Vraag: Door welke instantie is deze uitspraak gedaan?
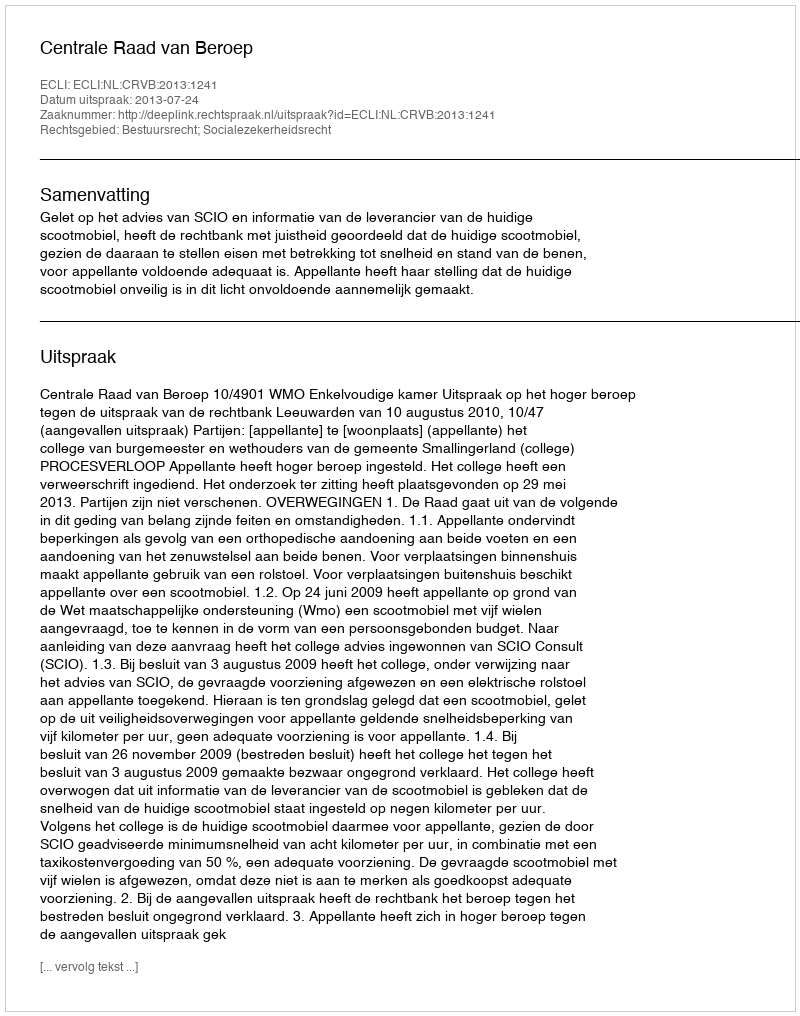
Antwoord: Centrale Raad van Beroep